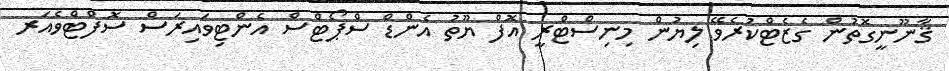
ޤާނޫނީގޮތުން ގެޒެޓްކުރެވޭ ލިޔުން މިނިސްޓްރީ އޮފް ޔޫތު އެންޑް ސްޕޯޓްސް އެންޓިވައިރަސް ސޮފްޓްވެއަރ